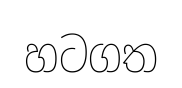
හටගත